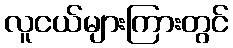
လူငယ်များကြားတွင်